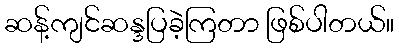
ဆန့်ကျင်ဆန္ဒပြခဲ့ကြတာ ဖြစ်ပါတယ်။